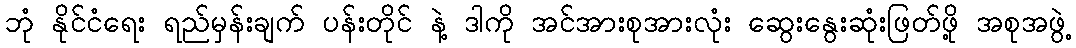
ဘုံ နိုင်ငံရေး ရည်မှန်းချက် ပန်းတိုင် နဲ့ ဒါကို အင်အားစုအားလုံး ဆွေးနွေးဆုံးဖြတ်ဖို့ အစုအဖွဲ့